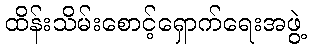
ထိန်းသိမ်းစောင့်ရှောက်ရေးအဖွဲ့